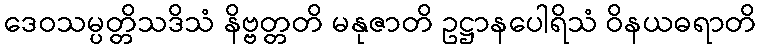
ဒေဝသမ္ပတ္တိသဒိသံ နိဗ္ဗတ္တတိ မနုဇာတိ ဥဋ္ဌာနပေါရိသံ ဝိနယဓရာတိ